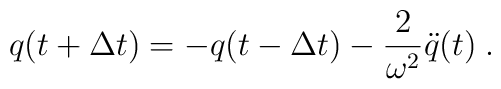
q(t+{\Delta t}) = - q(t-{\Delta t}) - \frac{2}{\omega^2} \ddot{q}(t) \; .